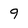
Character: 9